Vaccination report Assam 1896-1927 - 1896-1927
Year: 1896
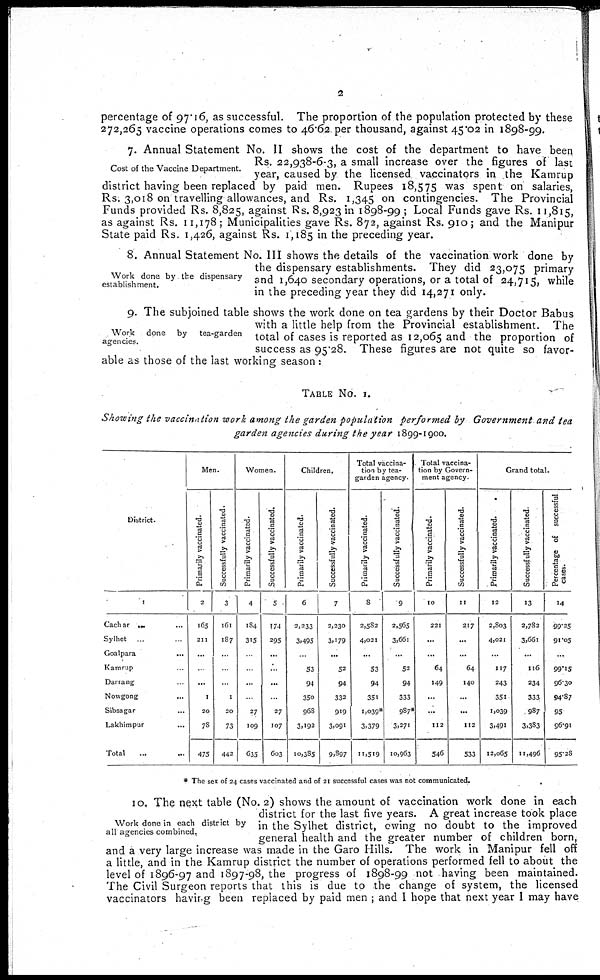
2
percentage of 97.16, as successful. The proportion of the population protected by these
272,265 vaccine operations comes to 46.62 per thousand, against 45.02 in 1898-99.
Cost of the Vaccine Department.
7. Annual Statement No. II shows the cost of the department to have been
Rs. 22,938-6-3, a small increase over the figures of last
year, caused by the licensed vaccinators in the Kamrup
district having been replaced by paid men. Rupees 18,575 was spent on salaries,
Rs. 3,018 on travelling allowances, and Rs. 1,345 on contingencies. The Provincial
Funds provided Rs. 8,825, against Rs. 8,923 in 1898-99 ; Local Funds gave Rs. 11,815,
as against Rs. 11,178; Municipalities gave Rs. 872, against Rs. 910; and the Manipur
State paid Rs. 1,426, against Rs. 1,185 in the preceding year.
Work done by the dispensary
establishment.
8. Annual Statement No. III shows the details of the vaccination work done by
the dispensary establishments. They did 23,075 primary
and 1,640 secondary operations, or a total of 24,715, while
in the preceding year they did 14,271 only.
Work
done by
tea-garden
agencies.
9. The subjoined table shows the work done on tea gardens by their Doctor Babus
with a little help from the Provincial establishment. The
total of cases is reported as 12,065 and the proportion of
success as 95.28. These figures are not quite so favor-
able as those of the last working season:
TABLE No. I.
Showing the vaccination work among the garden population performed by Government and tea
garden agencies during the year 1899-1900.
District.
1
Cachar ... ...
Sylhet
... ...
Goalpara
... ...
Kamrup ... ...
Darrang ... ...
Nowgong ... ...
Sibsagar ... ...
Lakhimpur ... ...
Total ... ...
Men.
Primarily vaccinated.
2
165
211
...
...
...
4
20
78
475
Successfully vaccinated.
3
161
187
...
...
...
1
20
73
442
Women.
Primarily vaccinated.
4
184
315
...
...
...
...
27
109
635
Successfully vaccinated.
5
174
295
...
...
...
...
27
107
603
Children.
Primarily vaccinated.
6
2,233
3,495
...
53
94
350
968
3,192
10,385
Successfully vaccinated.
7
2,230
3,179
...
52
94
332
919
3,091
9,897
Total vaccina-
tion by tea¬
garden agency.
Primaily vaccinated.
8
2,582
4,021
...
53
94
351
1,039*
3,379
11,519
Successfully vaccinated.
9
2,565
3,661
...
52
94
333
987*
3,271
10,963
Total vaccina-
tion by Govern-
ment agency.
Primarily vaccinated.
10
221
...
...
64
149
...
...
112
546
Successfully vaccinated.
11
217
...
...
64
140
...
...
112
533
Grand total.
Primarily vaccinated.
12
2,803
4,021
...
117
243
351
1,039
3,491
12,065
Successfully vaccinated.
13
2,782
3,661
...
116
234
333
987
3,333
11,496
Percentage of successful
cases.
14
99.25
91.05
...
99.15
96.30
94.87
95
96.91
95.28
* The sex of 24 cases vaccinated and of 21 successful cases was not communicated.
Work done in each district by
all agencies combined.
10. The next table (No. 2) shows the amount of vaccination work done in each
district for the last five years. A great increase took place
in the Sylhet district, owing no doubt to the improved
general health and the greater number of children born,
and a very large increase was made in the Garo Hills. The work in Manipur fell off
a little, and in the Kamrup district the number of operations performed fell to about the
level of 1896-97 and 1897-98, the progress of 1898-99 not having been maintained.
The Civil Surgeon reports that this is due to the change of system, the licensed
vaccinators having been replaced by paid men ; and I hope that next year I may have